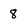
Character: 8